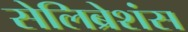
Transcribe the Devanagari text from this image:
सेलिब्रेशंस